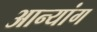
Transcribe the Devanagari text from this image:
आन्यांग